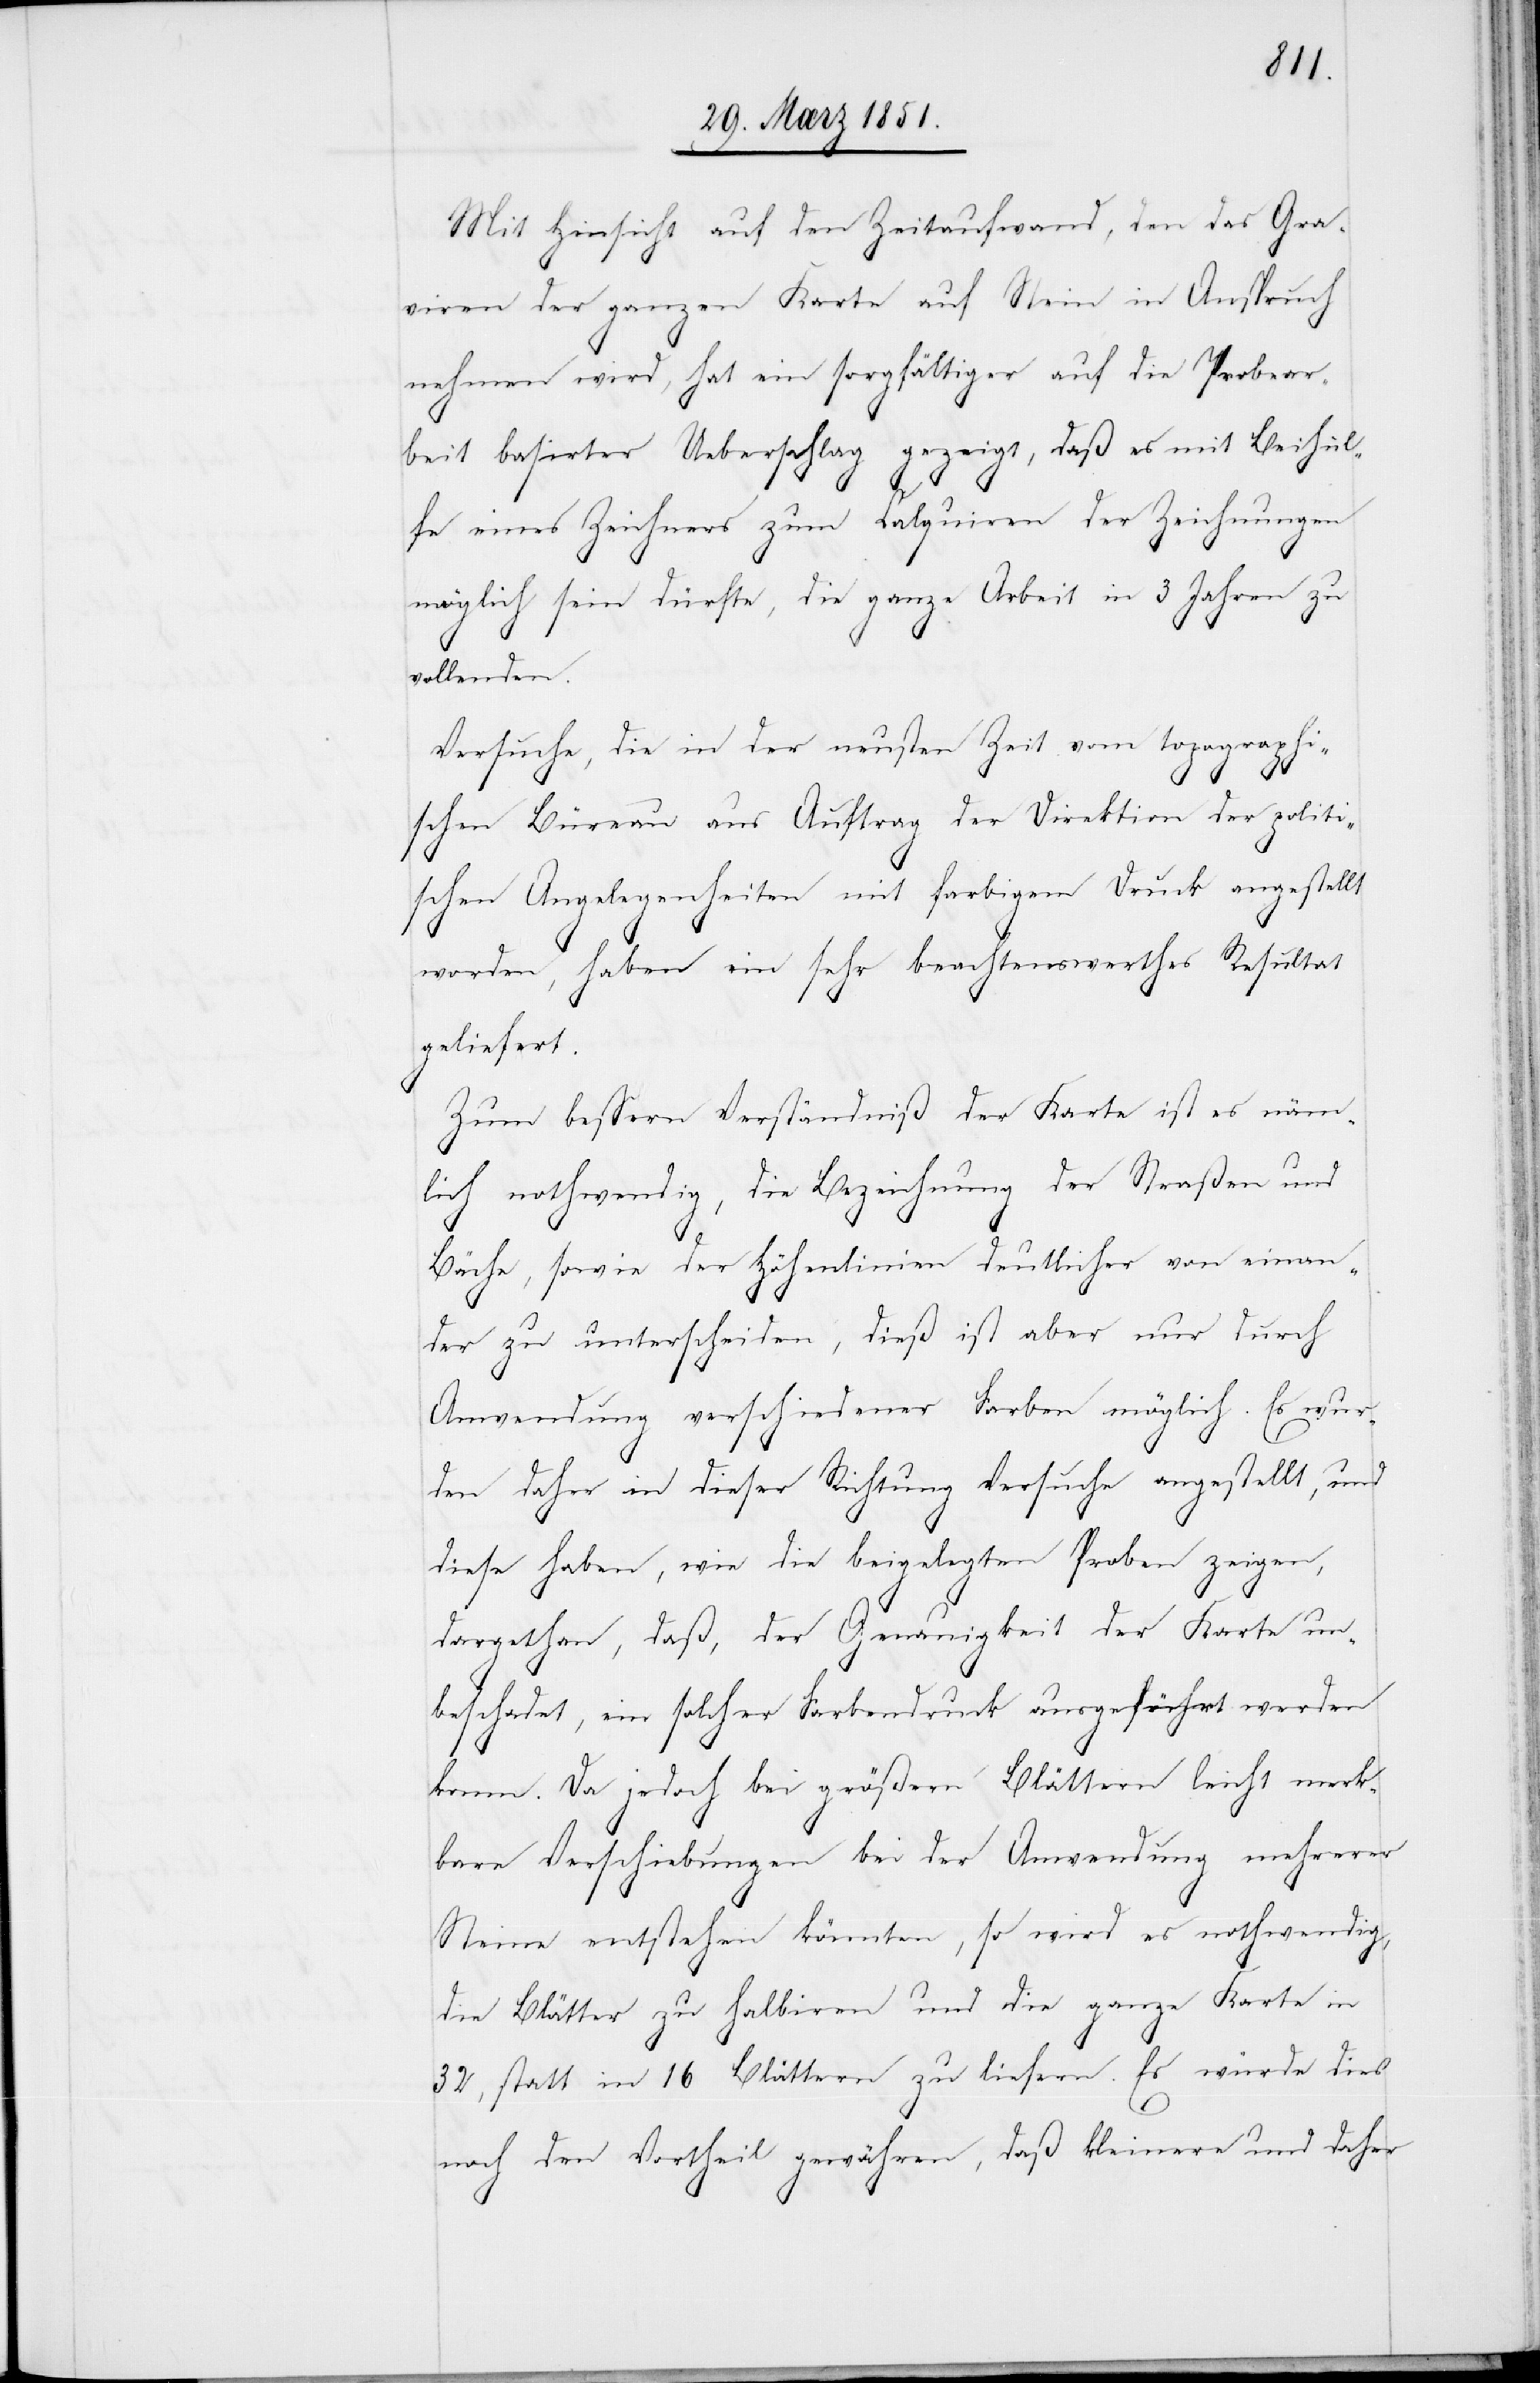
Mit Hinsicht auf den Zeitaufwand, den das Gra¬
viren der ganzen Karte auf Stein in Anspruch
nehmen wird, hat ein sorgfältiger auf die Probear¬
beit basirter Ueberschlag gezeigt, daß es mit Beihül¬
fe eines Zeichners zum Calquiren der Zeichnungen
möglich sein dürfte, die ganze Arbeit in 3 Jahren zu
vollenden.
Versuche, die in der neusten Zeit vom topographi¬
schen Büreau aus Auftrag der Direktion der politi¬
schen Angelegenheiten mit farbigem Druck angestellt
worden, haben ein sehr beachtenswerthes Resultat
geliefert.
Zum bessern Verständniß der Karte ist es näm¬
lich nothwendig, die Bezeichnung der Straßen und
Bäche, sowie der Höhenlinien deutlicher von einan¬
der zu unterscheiden, dieß ist aber nur durch
Anwendung verschiedener Farben möglich. Es wur¬
den daher in dieser Richtung Versuche angestellt, und
diese haben, wie die beigelegten Proben zeigen,
dargethan, daß, der Genauigkeit der Karte un¬
beschadet, ein solcher Farbendruck ausgeführt werden
kann. Da jedoch bei größern Blättern leicht merk¬
bare Verschiebungen bei der Anwendung mehrerer
Steine entstehen könnten, so wird es nothwendig,
die Blätter zu halbiren und die ganze Karte in
32, statt in 16 Blättern zu liefern. Es würde dies
noch den Vortheil gewähren, daß kleinere und daher